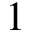
1